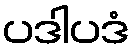
ပဒါပဒံ